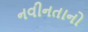
નવીનતાનો